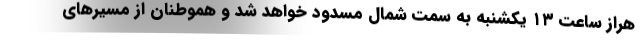
هراز ساعت ۱۳ یکشنبه به سمت شمال مسدود خواهد شد و هموطنان از مسیرهای